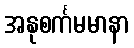
အနုစင်္ကမမာနာ